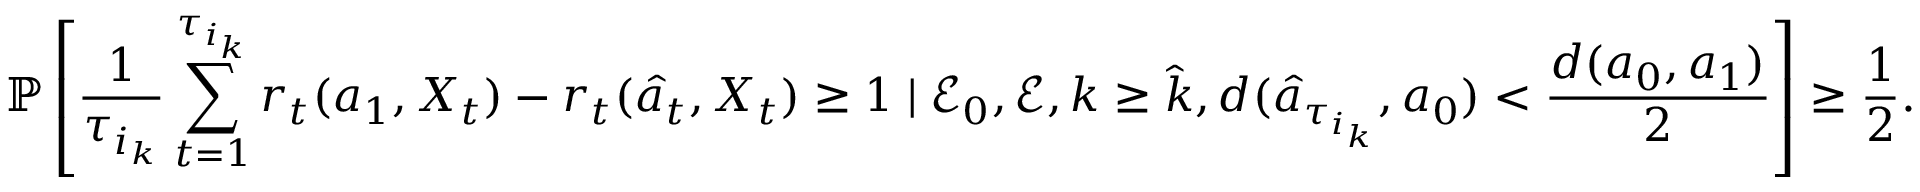
\mathbb { P } \left[ \frac { 1 } { \tau _ { i _ { k } } } \sum _ { t = 1 } ^ { \tau _ { i _ { k } } } r _ { t } ( a _ { 1 } , X _ { t } ) - r _ { t } ( \hat { a } _ { t } , X _ { t } ) \geq 1 \mid \mathcal { E } _ { 0 } , \mathcal { E } , k \geq \hat { k } , d ( \hat { a } _ { \tau _ { i _ { k } } } , a _ { 0 } ) < \frac { d ( a _ { 0 } , a _ { 1 } ) } { 2 } \right] \geq \frac { 1 } { 2 } .